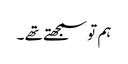
ہم تو سمجھتے تھے ۔